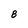
Character: 8